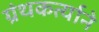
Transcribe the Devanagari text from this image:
ग्रंथकर्त्याने